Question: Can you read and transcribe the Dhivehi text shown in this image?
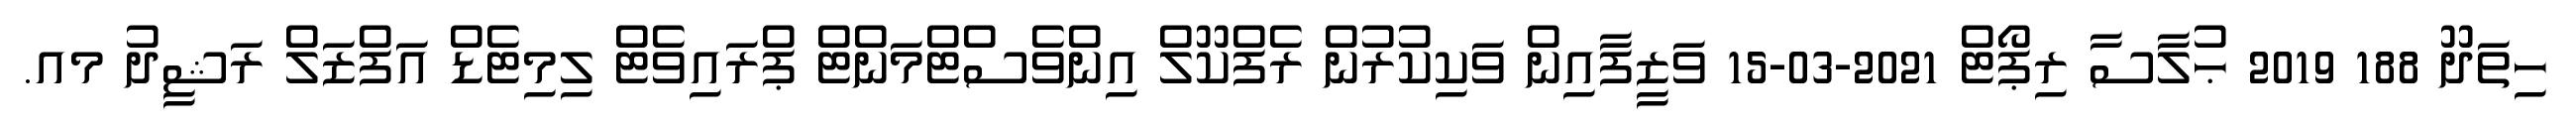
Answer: ހިތަދޫ 188 2019 ޙުލާސާ ރިޕޯޓް 2021-03-15 ވަޒީފާއިން ވަކިކުރުން ރެފްކޫލް އިންވެސްޓްމަންޓް ޕްރައިވެޓް ލިމިޓެޑް އަފްޒަލް ރަޝީދު މއ.